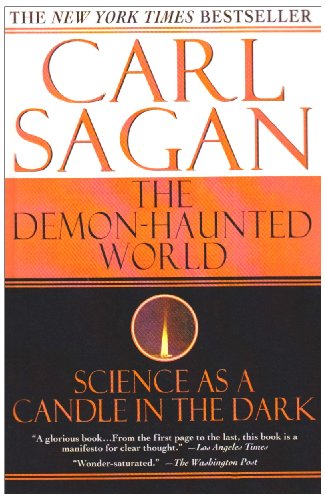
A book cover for The Demon-haunted World: Science As a Candle in the Dark; Carl Sagan; Science & Math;